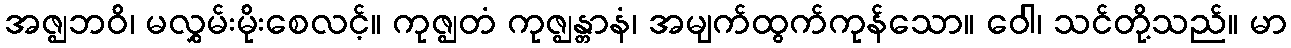
အဇ္ဈဘဝိ၊ မလွှမ်းမိုးစေလင့်။ ကုဇ္ဈတံ ကုဇ္ဈန္တာနံ၊ အမျက်ထွက်ကုန်သော။ ဝေါ၊ သင်တို့သည်။ မာ